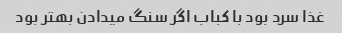
غذا سرد بود با کباب اگر سنگ میدادن بهتر بود